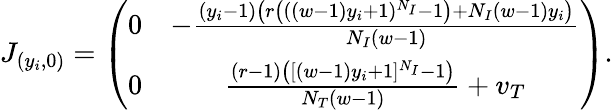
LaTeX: J_{(y_{i},0)}=\left(\begin{array}{cc}{0}&{-\frac{(y_{i}-1)\left(r\left(((w-1)y_{i}+1)^{N_{I}}-1\right)+N_{I}(w-1)y_{i}\right)}{N_{I}(w-1)}}\\ {0}&{\frac{(r-1)\left([(w-1)y_{i}+1]^{N_{I}}-1\right)}{N_{T}(w-1)}+v_{T}}\end{array}\right).